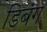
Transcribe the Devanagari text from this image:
डिबंग